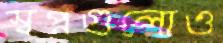
স্বপ্নগুলোও